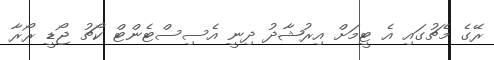
ރޭގެ މެޗުގައި އެ ޓީމަށް އިރުޝާދު ދިނީ އެސިސްޓެންޓް ކޯޗު ޖޯޑީ ރޯރާ